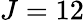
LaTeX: J=12